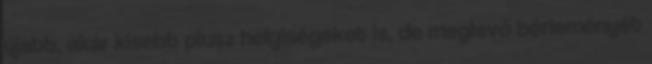
újabb, akár kisebb plusz helyiségeket is, de meglevő bérleményét